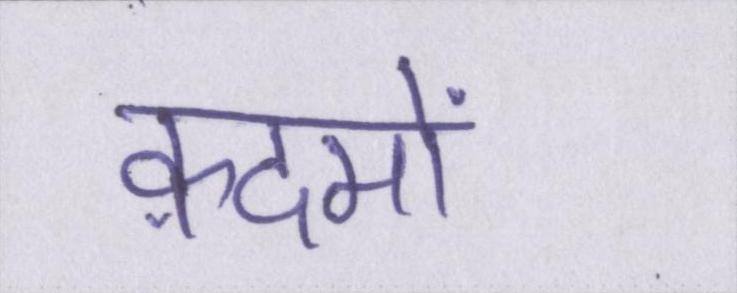
क़दमों